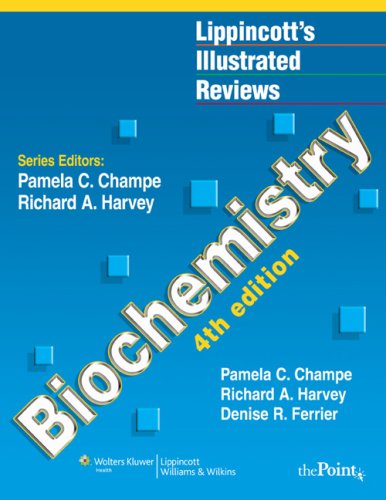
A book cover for Lippincott's Illustrated Reviews: Biochemistry, Fourth Edition (Lippincott's Illustrated Reviews Series); Pamela C. Champe; Medical Books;